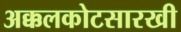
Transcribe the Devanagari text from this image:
अक्कलकोटसारखी